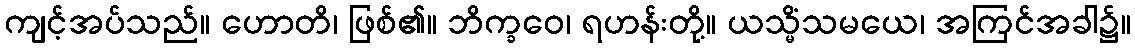
ကျင့်အပ်သည်။ ဟောတိ၊ ဖြစ်၏။ ဘိက္ခဝေ၊ ရဟန်းတို့။ ယသ္မိံသမယေ၊ အကြင်အခါ၌။